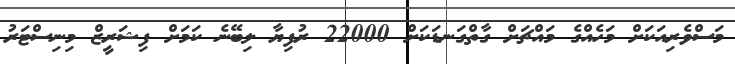
މަސްވެރިއަކަށް މަހެއްގެ މައްޗަށް ގާތްގަނޑަކަށް 22000 ރުފިޔާ ލިބޭނެ ކަމަށް ފިޝަރީޒް މިނިސްޓަރު